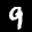
Label: 9